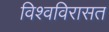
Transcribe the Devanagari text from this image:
विश्वविरासत